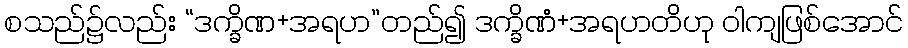
စသည်၌လည်း “ဒက္ခိဏ+အရဟ”တည်၍ ဒက္ခိဏံ+အရဟတိဟု ဝါကျဖြစ်အောင်